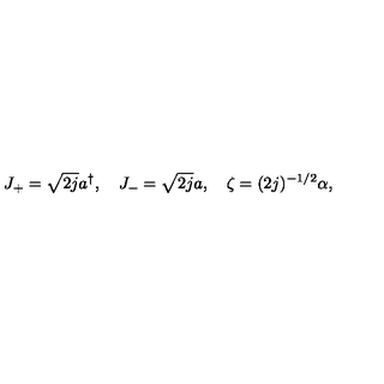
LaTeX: J _ { + } = \sqrt { 2 j } a ^ { \dagger } , \quad J _ { - } = \sqrt { 2 j } a , \quad \zeta = ( 2 j ) ^ { - 1 / 2 } \alpha ,